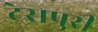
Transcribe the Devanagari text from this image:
टेसपुरी